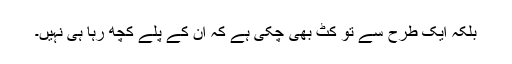
بلکہ ایک طرح سے تو کٹ بھی چکی ہے کہ ان کے پلے کچھ رہا ہی نہیں۔